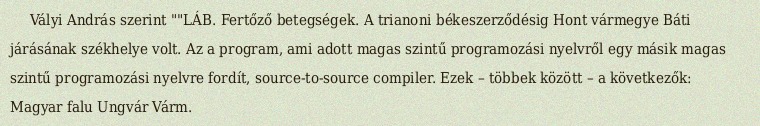
Vályi András szerint ""LÁB. Fertőző betegségek. A trianoni békeszerződésig Hont vármegye Báti járásának székhelye volt. Az a program, ami adott magas szintű programozási nyelvről egy másik magas szintű programozási nyelvre fordít, source-to-source compiler. Ezek – többek között – a következők: Magyar falu Ungvár Várm.